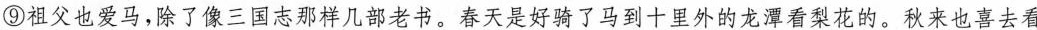
⑨祖父也爱马,除了像三国志那样几部老书。春天是好骑了马到十里外的龙潭看梨花的。秋来也喜去看